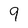
Character: 9